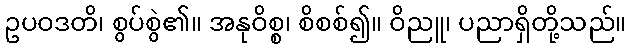
ဥပဝဒတိ၊ စွပ်စွဲ၏။ အနုဝိစ္စ၊ စိစစ်၍။ ဝိညူ၊ ပညာရှိတို့သည်။